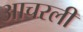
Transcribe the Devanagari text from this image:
आचरली